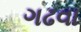
ગઢવા